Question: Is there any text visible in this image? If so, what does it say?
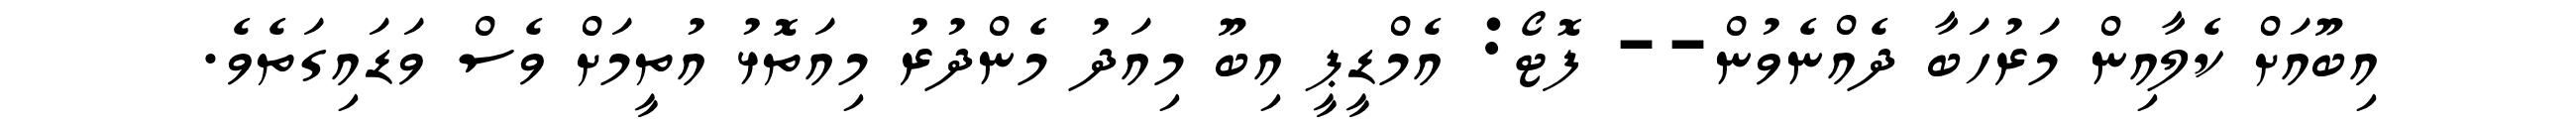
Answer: އިބޫއަށް ކެލާއިން މަރުހަބާ ދެއްނެވުން-- ފޮޓޯ: އެމްޑީޕީ އިބޫ މިއަދު މެންދުރު މިއަތޮޅު އުތީމަށް ވެސް ވަޑައިގަތެވެ.